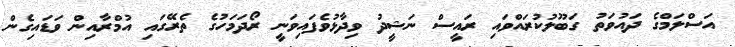
އަސްލަމްގެ ދައުވަތު ގަބޫލުކުރައްވައި ރައީސް ނަޝީދު ވިދާޅުވެފައިވަނީ ރޯދަމަހުގެ ތެރޭގައި އުމްރާއިން ވަޑައިގެން